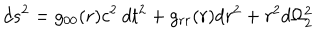
d s ^ { 2 } = g _ { 0 0 } ( r ) c ^ { 2 } \: d t ^ { 2 } + g _ { r r } ( r ) d r ^ { 2 } + r ^ { 2 } d \Omega _ { 2 } ^ { 2 }